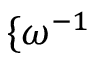
\{ \omega ^ { - 1 }